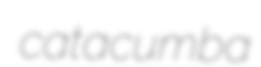
catacumba